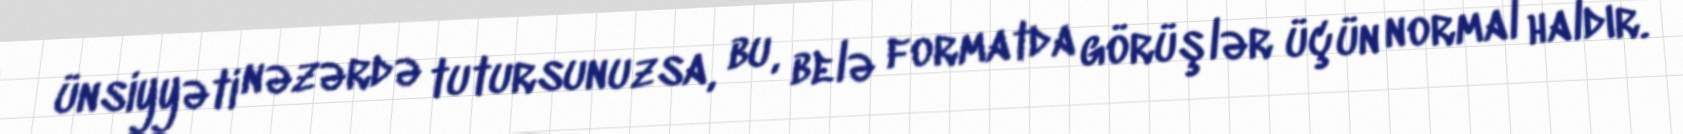
ünsiyyəti nəzərdə tutursunuzsa, bu, belə formatda görüşlər üçün normal haldır.